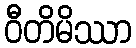
ဝီတိမိဿာ